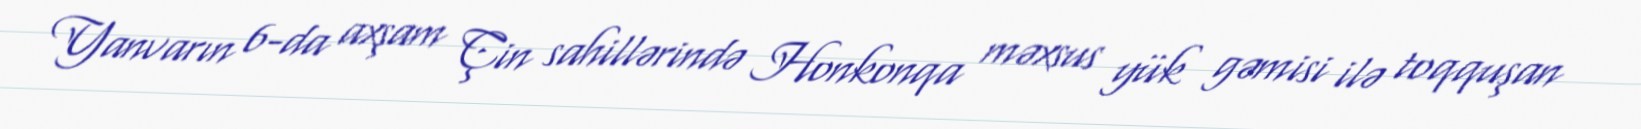
Yanvarın 6-da axşam Çin sahillərində Honkonqa məxsus yük gəmisi ilə toqquşan